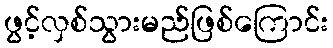
ဖွင့်လှစ်သွားမည်ဖြစ်ကြောင်း